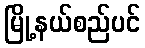
မြို့နယ်စည်ပင်